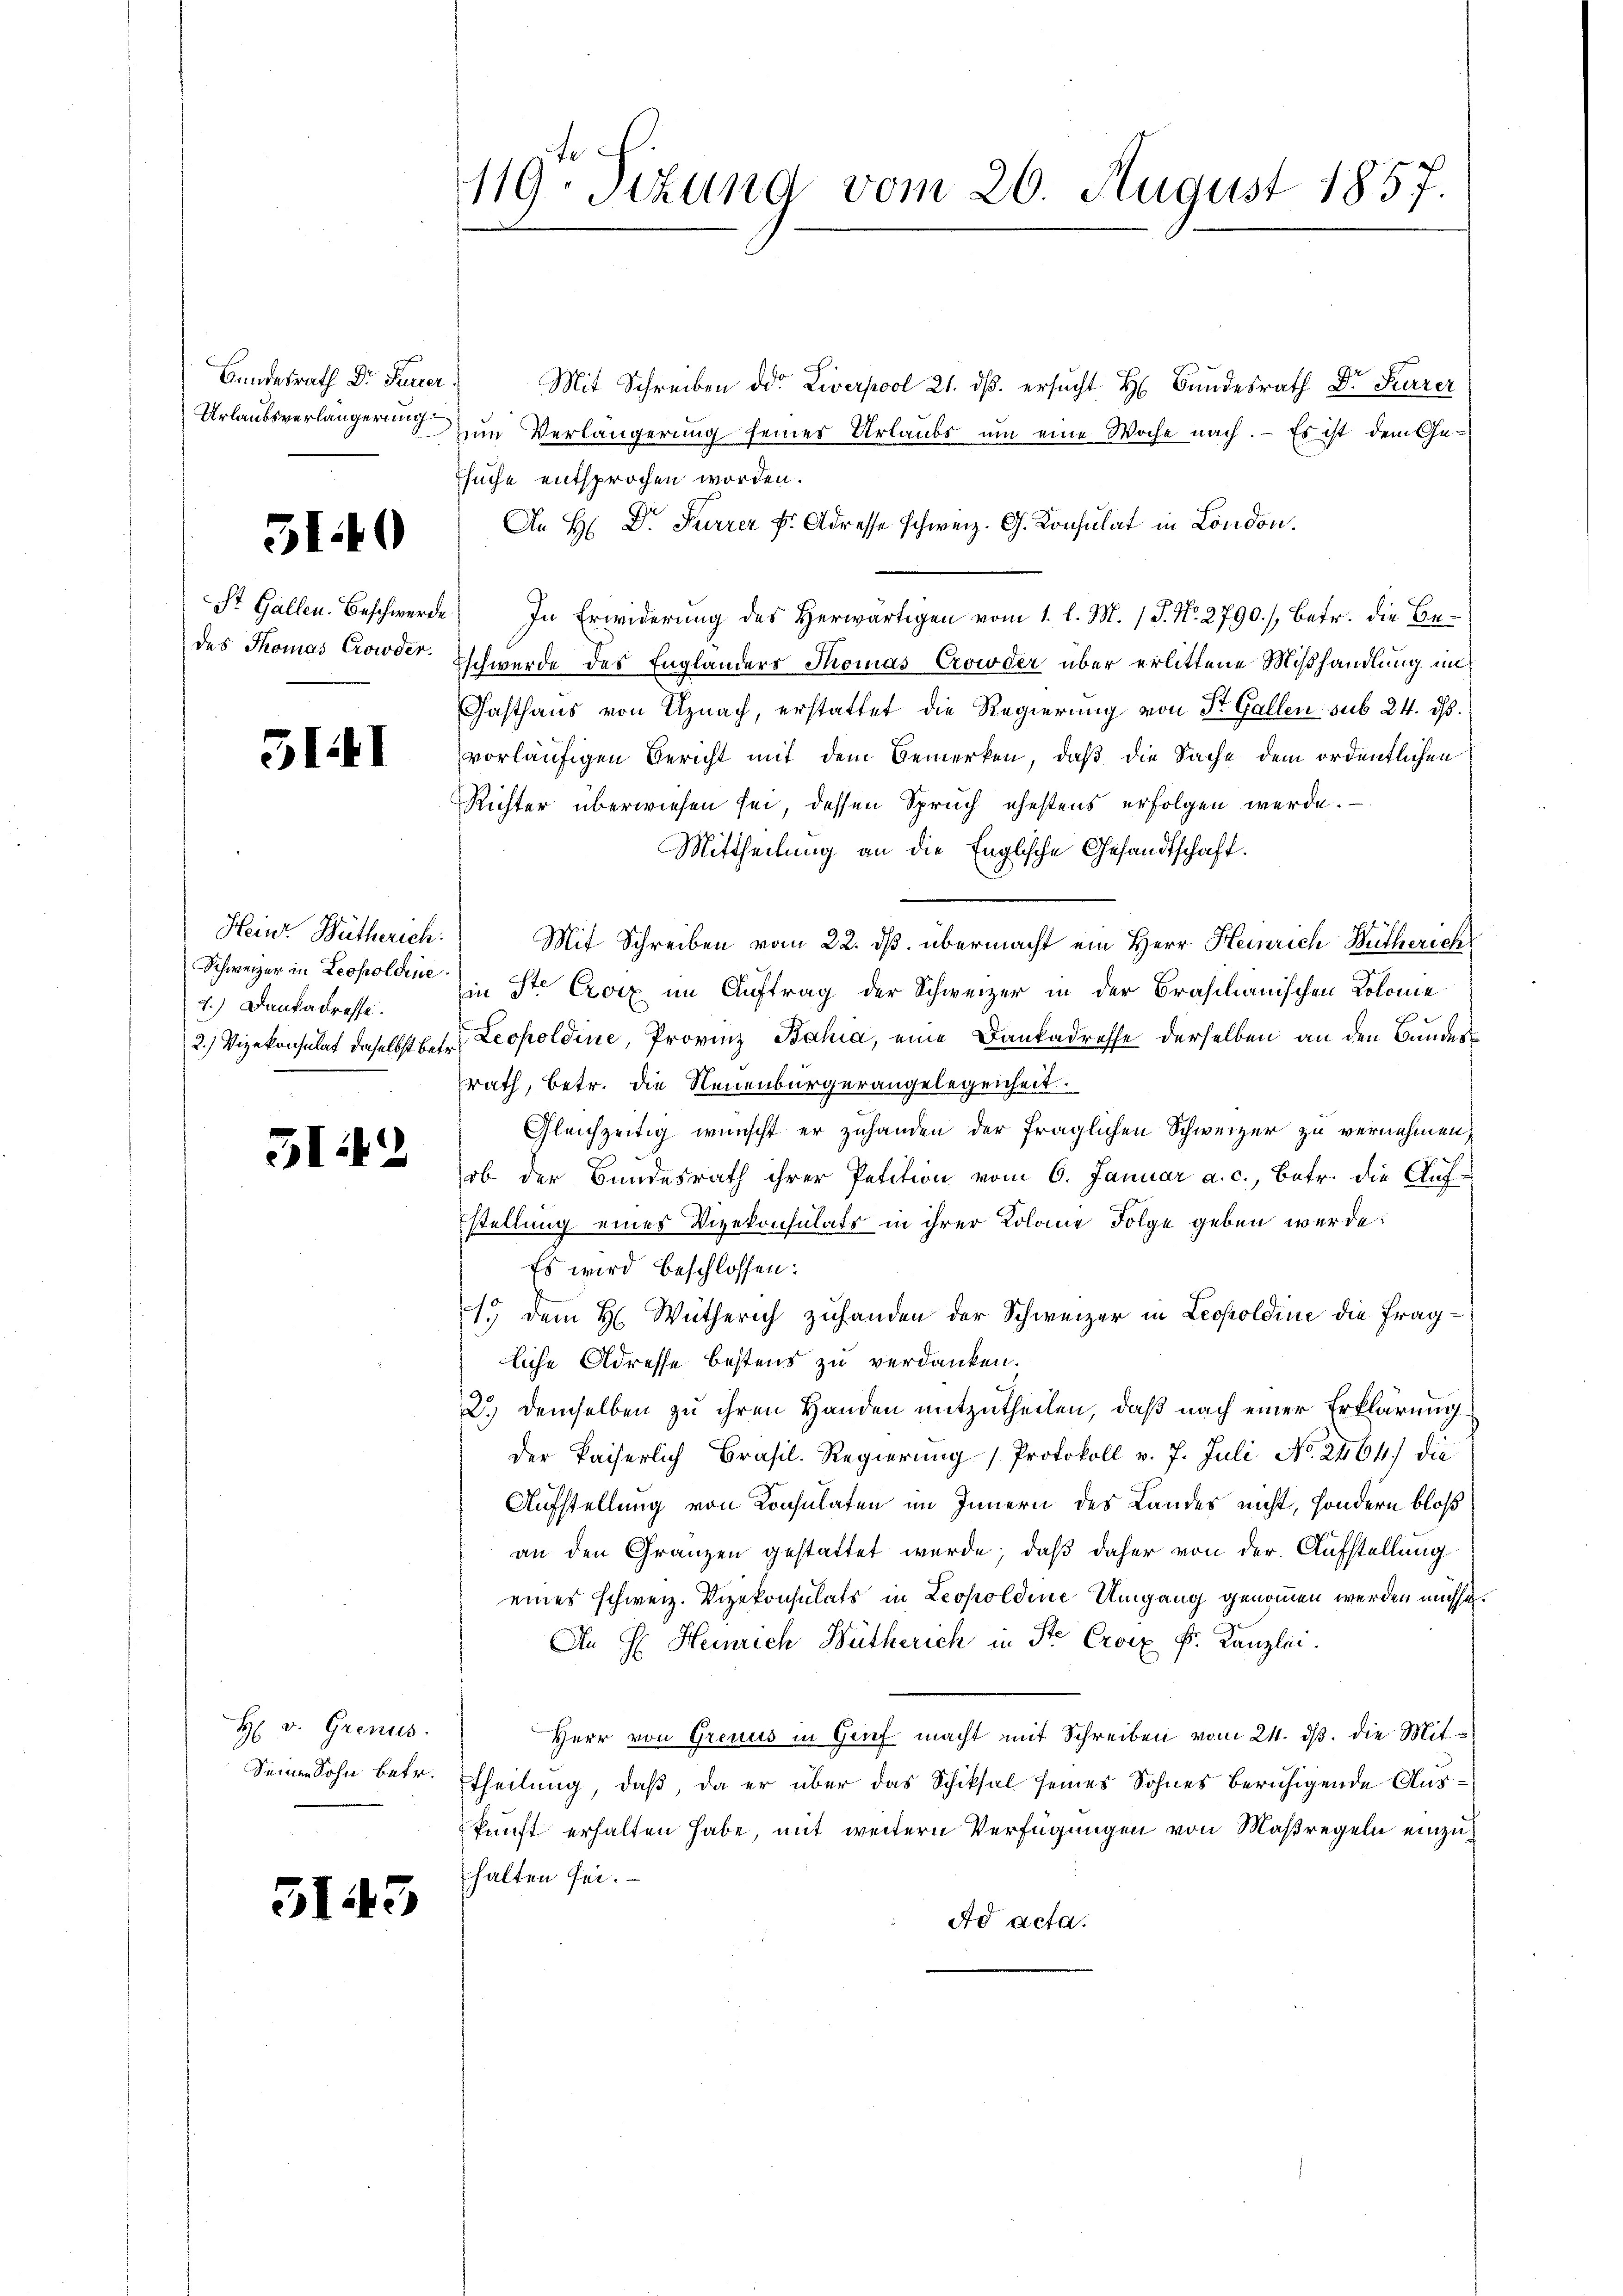
Bundesrath Dr Feuer
Urlaubsverlängerung

5140

des Thomas Crowder.

511

Heinr. Bütherich.
2.) Dankadresse.

512

H v. Grenus.

51

43

119. Sizung vom 26. August 1857.

Mit Schreiben der Liverpool 21. ds. ersucht H. Bundesrath Dr Feurer
zum Verlängerung seiner Urlaubs um eine Woche nach. - Es ist dem Ge-
Tsuche entsprochen worden.
An H. Dr. Furrer Hr. Adresse schweiz. G. Konsulat in London.
St. Gallen. Beschwerde. In Erwiderung des Herwärtigen vom 1. l. M. J. No. 2790./, betr. die Beschwerde des Englanders Thomas Crowder über erlittene Mißhandlung im
Gasthaus von Uznach, erstattet die Regierung von St. Gallen sub 24. ds.
vorläufigen Bericht mit dem Bemerken, daß die Sache dem ordentlichen
Richter überwiesen sei, dessen Spruch ehestens erfolgen werde.
Mittheilung an die Englische Gesandtschaft.
Mit Schreiben vom 22. ds. übermacht ein Herr Heinrich Hütherich
Schweizer in Leopoldine in Ste Croix im Auftrag der Schweizer in der Brasilianischen Kolome
2.) Vizekonsulat daselbst betr. Leopoldine, Provinz Bahia, eine Dankadresse derselben an den Bunderrath, betr. die Neuenburgerangelegenheit.
Gleichzeitig wünscht er zuhanden der fraglichen Schweizer zu vernehmen,
ob der Bundesrath ihrer Petition vom 6. Januar a. c., betr. die Auf-
stellung eines Vizekonsulats in ihrer Kolone Folge geben werde:
Es wird beschlossen:
1. dem H. Wutherich zuhanden der Schweizer in Leopoldine die Fragliche Adresse bestens zu verdanken.
2.) demselben zu ihren Handen mitzutheilen, daß nach einer Erklärung
der kaiserlich Brasil. Regierung /Protokoll v. 7. Juli No. 2464.) die
Aufstellung von Konsulaten im Innern des Landes nicht, sondern bloß
an den Gränzen gestattet werde; daß daher von der Aufstellung
eines schweiz. Vizekonsulats in Leopoldine Umgang genommen werden müsse.
An H. Heinrich Wütherich in St. Croix k. Kanzlei.
Herr von Greuus in Genf macht mit Schreiben vom 24. ds. die Mitein Sohn betr. Theilung, daß, da er über das Schiksal seines Sohnes beruhigende Auskunft erhalten habe, mit weitern Verfügungen von Maßregeln einzuhalten sei.
Ad acta.